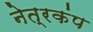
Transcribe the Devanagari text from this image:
नेत्रकंप